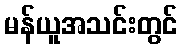
မန်ယူအသင်းတွင်